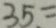
3 5 =